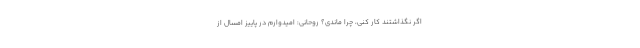
اگر نگذاشتند کار کنی، چرا ماندی؟ روحانی: امیدوارم در پاییز امسال از